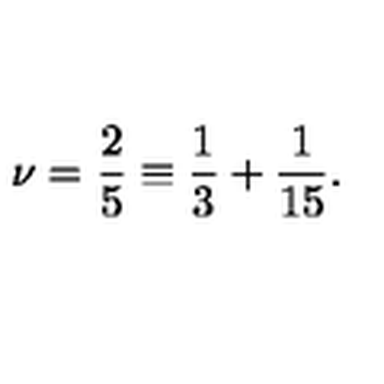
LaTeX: \nu = \frac { 2 } { 5 } \equiv \frac { 1 } { 3 } + \frac { 1 } { 1 5 } .